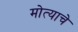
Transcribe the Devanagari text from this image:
मोत्याचे